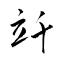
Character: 竏